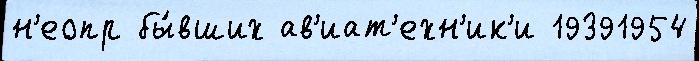
н'еопр бы́вших ав'иат'ехн'ик'и 19391954